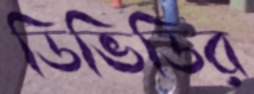
ডিভিডির